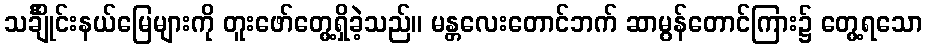
သင်္ချိုင်းနယ်မြေများကို တူးဖော်တွေ့ရှိခဲ့သည်။ မန္တလေးတောင်ဘက် ဆာမွန်တောင်ကြား၌ တွေ့ရသော